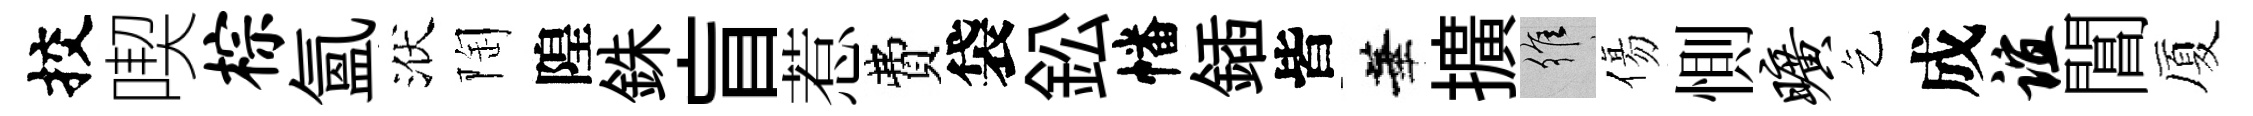
挍喫棕氲洑陶隍銖盲惹費袋鈆幡鍤皆華擴維傷惻旷乞成谊閶厦